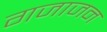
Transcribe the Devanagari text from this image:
गजाजन